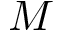
M